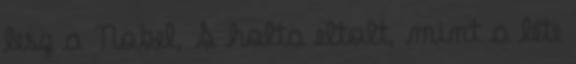
lesz a Nobel, S holta eltolt, mint a léte